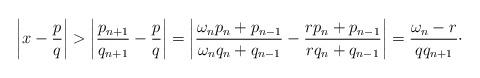
LaTeX: \begin{align*}\left|x - \frac pq\right| > \left|\frac{p_{n + 1}}{q_{n + 1}} - \frac pq\right| = \left|\frac{\omega_n p_n + p_{n - 1}}{\omega_n q_n + q_{n - 1}} - \frac{r p_n + p_{n - 1}}{r q_n + q_{n - 1}}\right|= \frac{\omega_n - r}{q q_{n + 1}}\cdot\end{align*}